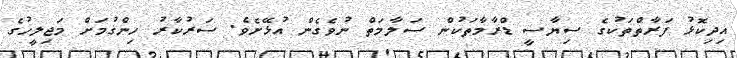
އިދިކޮޅު ފަރާތްތަކުގެ ސިޔާސީ ޑްރާމާތަކުން ސަލާމަތް ނުވެގެން އުޅޭށެވެ. ސަރުކާރު ހިންގުމަށް މަޖިލީހުގެ